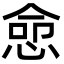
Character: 㥐